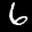
Label: 6